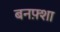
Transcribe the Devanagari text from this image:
बनफ़्शा